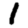
Digit: 1